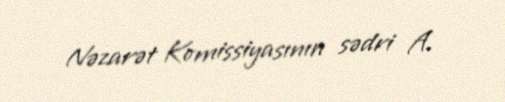
Nəzarət Komissiyasının sədri A.